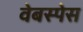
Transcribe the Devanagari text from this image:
वेबस्पेस